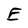
Character: E